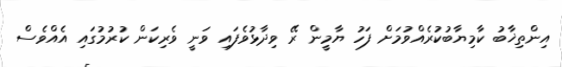
އިންތިޚާބު ކާމިޔާބުކުރެއްވުމަށް ފަހު ޔާމީން ރޭ ވިދާޅުވެފައި ވަނީ ވެރިކަން ކުރުމުގައި އެއްވެސް